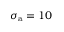
\sigma _ { \mathrm { a } } = 1 0